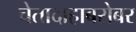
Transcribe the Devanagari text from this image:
चेतादाहाबरोबर